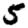
Digit: 5